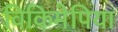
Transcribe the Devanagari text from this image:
विकिमेपिया